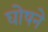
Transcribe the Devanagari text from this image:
घोषने